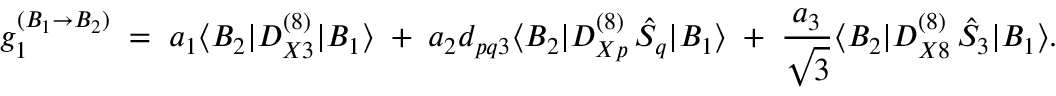
g _ { 1 } ^ { ( B _ { 1 } \rightarrow B _ { 2 } ) } \; = \; a _ { 1 } \langle B _ { 2 } | D _ { X 3 } ^ { ( 8 ) } | B _ { 1 } \rangle \; + \; a _ { 2 } d _ { p q 3 } \langle B _ { 2 } | D _ { X p } ^ { ( 8 ) } \, \hat { S } _ { q } | B _ { 1 } \rangle \; + \; \frac { a _ { 3 } } { \sqrt { 3 } } \langle B _ { 2 } | D _ { X 8 } ^ { ( 8 ) } \, \hat { S } _ { 3 } | B _ { 1 } \rangle .